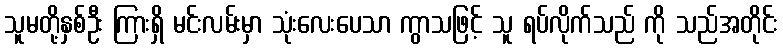
သူမတို့နှစ်ဦး ကြားရှိ မင်းလမ်းမှာ သုံးလေးပေသာ ကွာသဖြင့် သူ ရပ်လိုက်သည် ကို သည်အတိုင်း